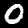
Label: 0